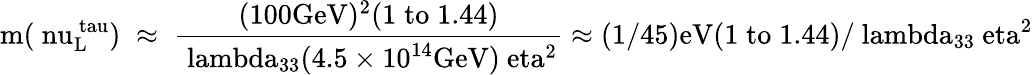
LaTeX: \mathrm{m(\ nu_{L}^{\ tau})\; \approx\; \frac{(100GeV)^{2}(1\; to\; 1.44)}{\ lambda_{33}(4.5\times 10^{14}GeV)\ eta^{2}}\approx(1/45)eV(1\; to\; 1.44)/\ lambda_{33}\ eta^{2}}